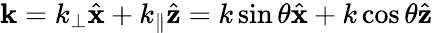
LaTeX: \mathbf{k}=k_{\perp}\hat{\mathbf{x}}+k_{\parallel}\hat{\mathbf{z}}=k\sin\theta\hat{\mathbf{x}}+k\cos\theta\hat{\mathbf{z}}